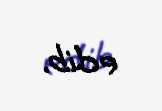
edib.